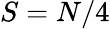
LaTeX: S=N/4